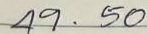
49 . 50